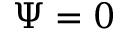
\Psi = 0